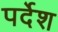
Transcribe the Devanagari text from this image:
पर्देश